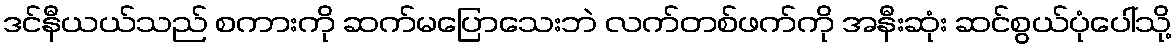
ဒင်နီယယ်သည် စကားကို ဆက်မပြောသေးဘဲ လက်တစ်ဖက်ကို အနီးဆုံး ဆင်စွယ်ပုံပေါ်သို့